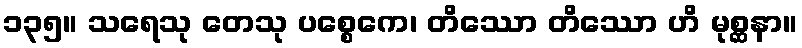
၁၃၅။ သရေသု တေသု ပစ္စေကေ၊ တိဿော တိဿော ဟိ မုစ္ဆနာ။